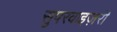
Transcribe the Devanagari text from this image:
सुपरवाइज़री